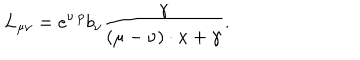
LaTeX: L _ { \mu \nu } = e ^ { \nu \cdot p } b _ { \nu } \frac { \gamma } { ( \mu - \nu ) \cdot x + \gamma } .